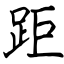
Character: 距